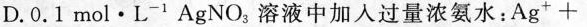
D.0.1mol·L^{-1} AgNO_{3} 溶液中加入过量浓氨水：Ag^{+}+